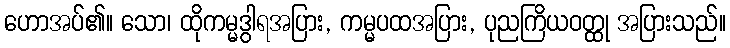
ဟောအပ်၏။ သော၊ ထိုကမ္မဒွါရအပြား, ကမ္မပထအပြား, ပုညကြိယဝတ္ထု အပြားသည်။